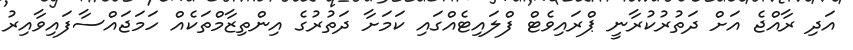
އަދި ރާއްޖެ އަށް ދަތުރުކުރާނީ ޕްރައިވެޓް ފްލައިޓެއްގައި ކަމަށާ ދަތުރުގެ އިންތިޒާމްތަކެއް ހަމަޖައްސާފައިވާއިރު